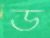
ড